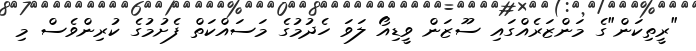
"ރީތިކަން"ގެ މަންޒަރެއްގައި ސޫޒަން ވީޑިއޯ ލަވަ ހެދުމުގެ މަސައްކަތް ފެށުމުގެ ކުރިންވެސް މި